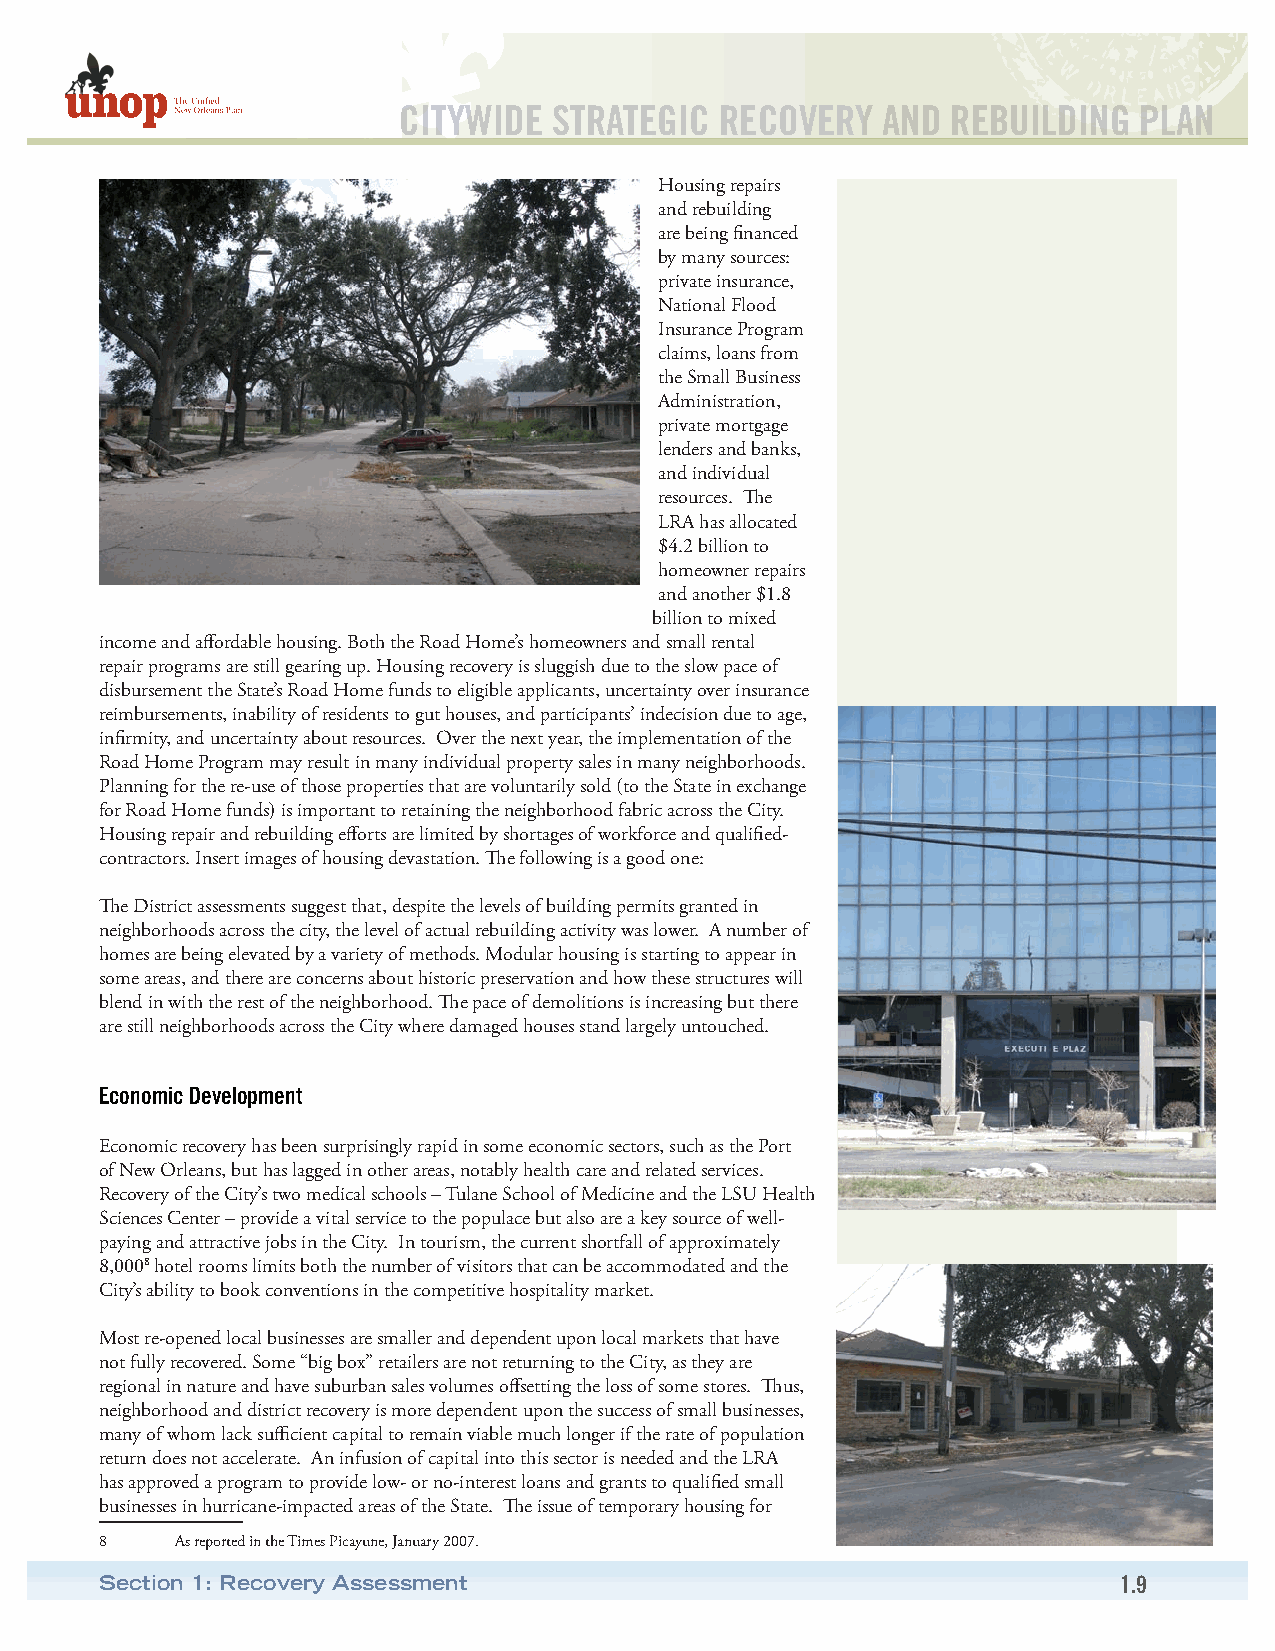
CITYWIDE   STRATEGIC  RECOVERY  AND  REBUILDING  PLAN
 Housing repairs
 and rebuilding
 are being financed
 by many sources:
 private insurance,
 National Flood
 Insurance Program
 claims, loans from
 the Small Business
 Administration,
 private mortgage
 lenders and banks,
 and individual
 resources. The
 LRA has allocated
 $4.2 billion to
 homeowner repairs
 and another $1.8
 billion to mixed
 income and affordable housing. Both the Road Home’s homeowners and small rental
 repair programs are still gearing up. Housing recovery is sluggish due to the slow pace of
 disbursement the State’s Road Home funds to eligible applicants, uncertainty over insurance
 reimbursements, inability of residents to gut houses, and participants’ indecision due to age,
 infirmity, and uncertainty about resources. Over the next year, the implementation of the
 Road Home Program may result in many individual property sales in many neighborhoods.
 Planning for the re-use of those properties that are voluntarily sold (to the State in exchange
 for Road Home funds) is important to retaining the neighborhood fabric across the City.
 Housing repair and rebuilding efforts are limited by shortages of workforce and qualified-
 contractors. Insert images of housing devastation. The following is a good one:
 The District assessments suggest that, despite the levels of building permits granted in
 neighborhoods across the city, the level of actual rebuilding activity was lower. A number of
 homes are being elevated by a variety of methods. Modular housing is starting to appear in
 some areas, and there are concerns about historic preservation and how these structures will
 blend in with the rest of the neighborhood. The pace of demolitions is increasing but there
 are still neighborhoods across the City where damaged houses stand largely untouched.
 Economic Development
 Economic recovery has been surprisingly rapid in some economic sectors, such as the Port
 of New Orleans, but has lagged in other areas, notably health care and related services.
 Recovery of the City’s two medical schools – Tulane School of Medicine and the LSU Health
 Sciences Center – provide a vital service to the populace but also are a key source of well-
 paying and attractive jobs in the City. In tourism, the current shortfall of approximately
 8,0008 hotel rooms limits both the number of visitors that can be accommodated and the
 City’s ability to book conventions in the competitive hospitality market.
 Most re-opened local businesses are smaller and dependent upon local markets that have
 not fully recovered. Some “big box” retailers are not returning to the City, as they are
 regional in nature and have suburban sales volumes offsetting the loss of some stores. Thus,
 neighborhood and district recovery is more dependent upon the success of small businesses,
 many of whom lack sufficient capital to remain viable much longer if the rate of population
 return does not accelerate. An infusion of capital into this sector is needed and the LRA
 has approved a program to provide low- or no-interest loans and grants to qualified small
 businesses in hurricane-impacted areas of the State. The issue of temporary housing for
 8    As reported in the Times Picayune, January 2007.
 Section 1: Recovery Assessment                                     1.9